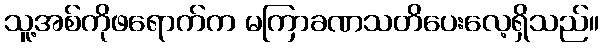
သူ့အစ်ကိုဖရောက်က မကြာခဏသတိပေးလေ့ရှိသည်။